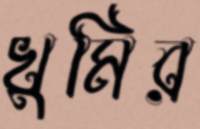
খুমির